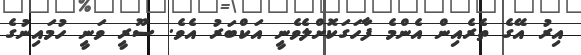
އިރު އޭގެ ތެރެއިން އެންމެ ފާހަގަކޮށްލެވެނީ އަކްބަރު އެވެ. ސޫރީ ވަނީ ހުމައިނުގެ